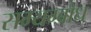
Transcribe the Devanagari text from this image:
सम्यग्बोध